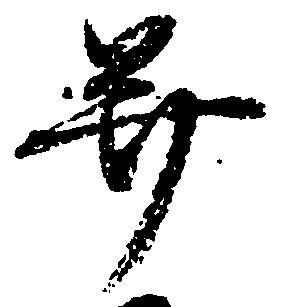
并